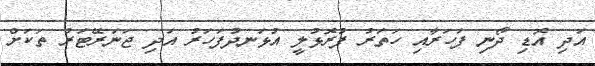
އަދި އޮޑި ދޯނި ފަހަރާއި ހަތަރު ފުރޮޅުލީ އުޅަނދުފަހަރު އަދި ޖަނަރޭޓަރު ތަކަށް